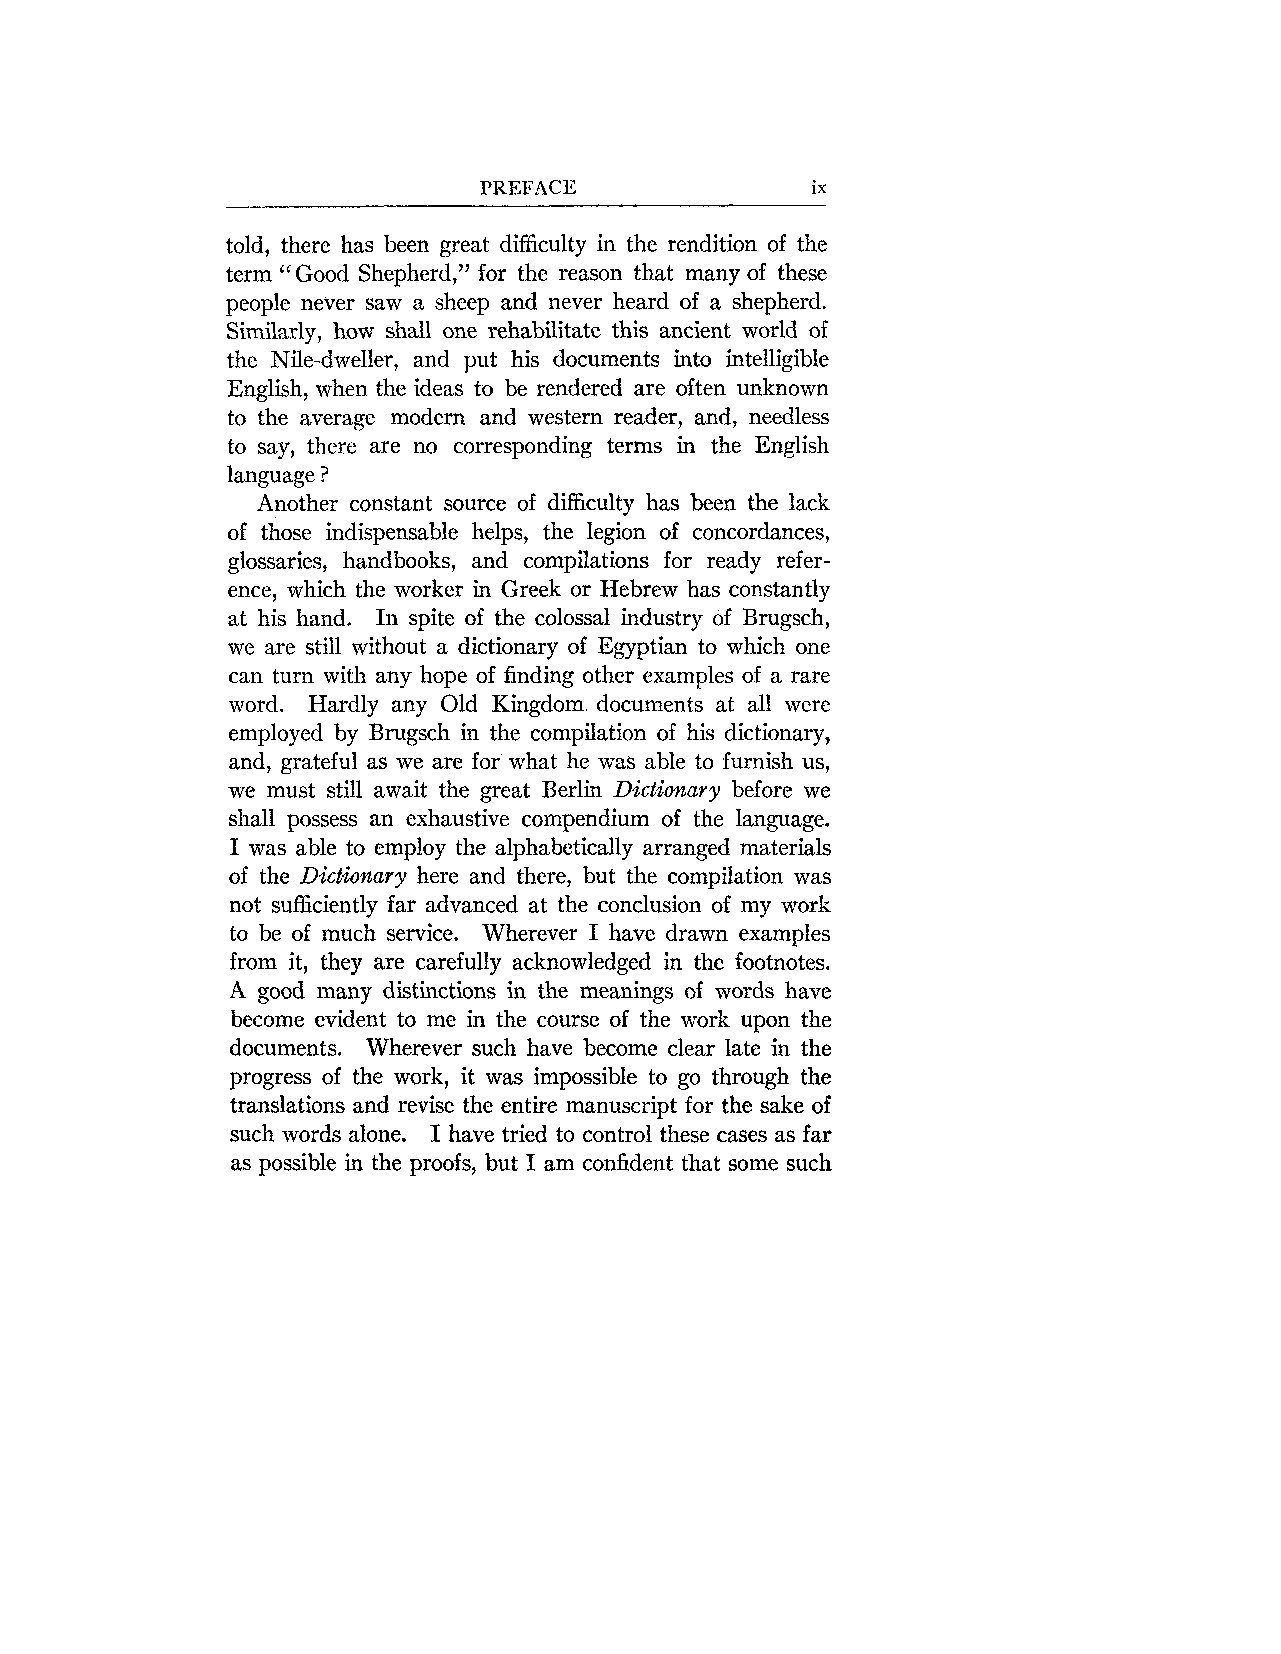
PREFACE               ix
 told, there has been great difficulty in the rendition of the
 term "Good Shepherd," for the reason that many of these
 people never saw a sheep and never heard of a shepherd.
 Similarly, how shall one rehabilitate this ancient world of
 the Nile-dweller, and put his documents into intelligible
 English, when the ideas to be rendered are often unknown
 to the average modem and western reader, and, needless
 to say, there are no corresponding terms in the English
 language ?
 Another constant source of difficulty has been the lack
 of those indispensable helps, the legion of concordances,
 glossaries, handbooks, and compilations for ready refer-
 ence, which the worker in Greek or Hebrew has constantly
 at his hand. In spite of the colossal industry of Brugsch,
 we are still without a dictionary of Egyptian to which one
 can turn with any hope of finding other examples of a rare
 word. Hardly any Old Kingdom documents at all were
 employed by Brugsch in the compilation of his dictionary,
 and, grateful as we are for what he was able to furnish us,
 we must still await the great Berlin Dictionary before we
 shall possess an exhaustive compendium of the language.
 I was able to employ the alphabetically arranged materials
 of the Dictionary here and there, but the compilation was
 not sufficiently far advanced at the conclusion of my work
 to be of much service. Wherever I have drawn examples
 from it, they are carefully acknowledged in the footnotes.
 A good many distinctions in the meanings of words have
 become evident to me in the course of the work upon the
 documents. Wherever such have become clear late in the
 progress of the work, it was impossible to go through the
 translations and revise the entire manuscript for the sake of
 such words alone. I have tried to control these cases as far
 as possible in the proofs, but I am confident that some such